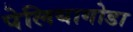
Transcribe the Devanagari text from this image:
पेलियागोडा